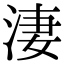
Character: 淒